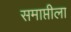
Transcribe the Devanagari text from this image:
समाप्तीला